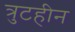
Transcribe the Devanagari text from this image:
त्रुटहीन